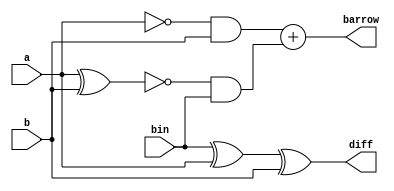
`timescale 1ns / 1ps
module full_subtractor_bh(
input a,b,bin,
output reg diff,barrow);
always@(*)
begin
 diff <= bin^a^b;
 barrow <= (~a&b)+ ((~(a^b))& bin);
end
endmodule